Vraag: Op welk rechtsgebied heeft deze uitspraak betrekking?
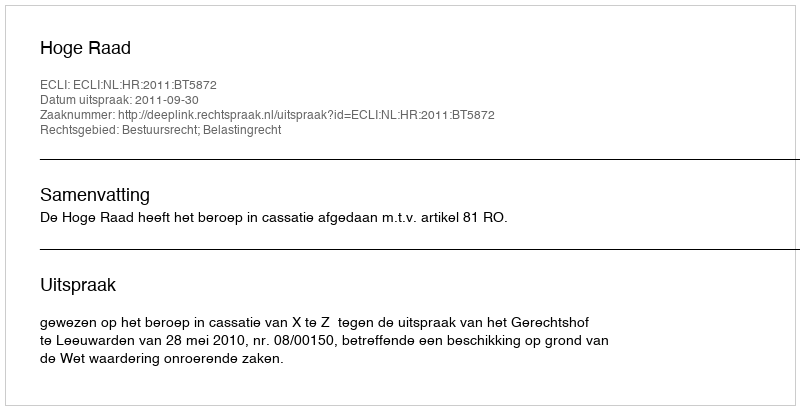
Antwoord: Bestuursrecht; Belastingrecht